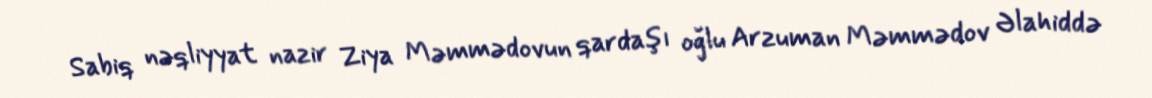
Sabiq nəqliyyat nazir Ziya Məmmədovun qardaşı oğlu Arzuman Məmmədov Əlahiddə